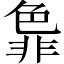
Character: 𬜞